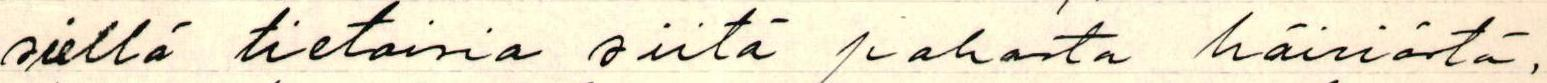
siellä tietoisia siitä pahasta häiriöstä,